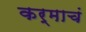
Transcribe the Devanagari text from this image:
कर्माचं